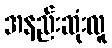
အနည်းဆုံးလူ